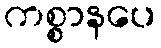
ကစ္စာနပေ